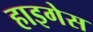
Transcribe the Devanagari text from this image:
हाइगेस